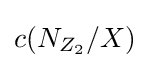
c(N_{Z_{2}}/X)